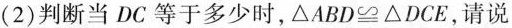
(2)判断当DC等于多少时，$$\triangle ABD\cong \triangle DCE$$，请说